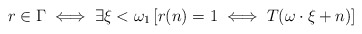
\begin{align*}r \in \Gamma \iff \exists \xi < \omega_1 \, [ r(n) = 1 \iff T(\omega\cdot \xi + n) ]\end{align*}